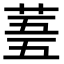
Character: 𮏓